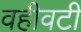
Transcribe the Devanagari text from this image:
वहीवटी